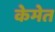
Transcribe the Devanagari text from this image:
केमेत